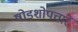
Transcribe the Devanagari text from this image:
षोडशोपचारें